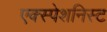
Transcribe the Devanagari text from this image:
एक्स्पेशनिस्ट